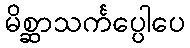
မိစ္ဆာသင်္ကပ္ပေါပေ